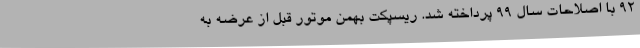
۹۲ با اصلاحات سال ۹۹ پرداخته شد. ریسپکت بهمن موتور قبل از عرضه به